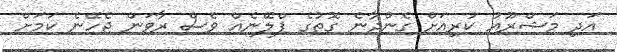
އަދި މަޝްރޫއު ކުރިއަށް ގެންދާނެ ގޮތުގެ ޕްލޭނެއް ވެސް ރާވަން ޖެހޭނެ ކަމަށް